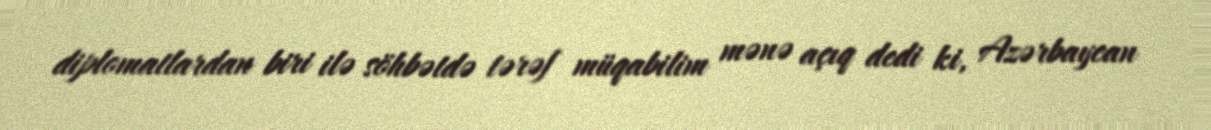
diplomatlardan biri ilə söhbətdə tərəf müqabilim mənə açıq dedi ki, Azərbaycan